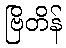
ဗြိတိန်